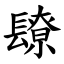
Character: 镽